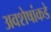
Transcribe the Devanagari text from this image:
अवशेषांकडे